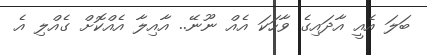
ބަލަ އެއީ އާދައިގެ ވާހަކަ އެއް ނޫނޭ.. އާއިލާ އެއްކޮށް ގެއްލި އެ